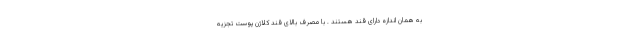
به همان اندازه دارای قند هستند . با مصرف بالای قند کلاژن پوست تجزیه